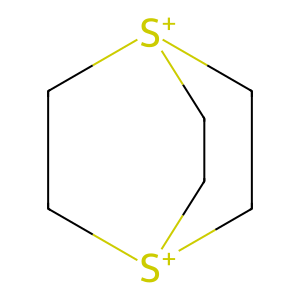
SMILES: C1C[S+]2CC[S+]1CC2
Inhibits HIV replication: No